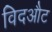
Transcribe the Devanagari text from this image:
विदऔट